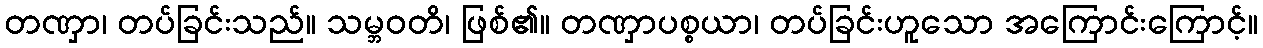
တဏှာ၊ တပ်ခြင်းသည်။ သမ္ဘဝတိ၊ ဖြစ်၏။ တဏှာပစ္စယာ၊ တပ်ခြင်းဟူသော အကြောင်းကြောင့်။